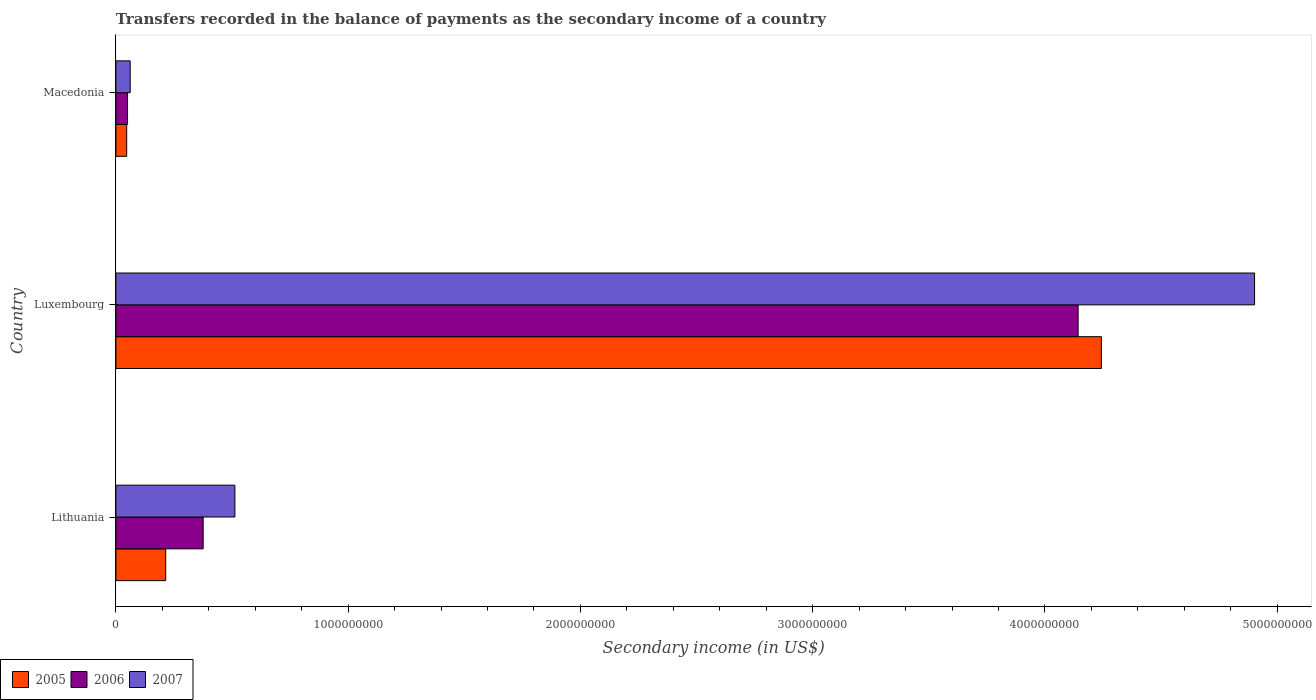
| Country | 2005 | 2006 | 2007 |
 | --- | --- | --- | --- |
 | Lithuania | 2.14e+08 | 3.76e+08 | 5.12e+08 |
 | Luxembourg | 4.24e+09 | 4.14e+09 | 4.9e+09 |
 | Macedonia | 4.65e+07 | 5.01e+07 | 6.16e+07 |